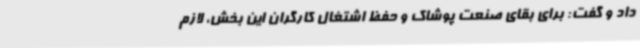
داد و گفت: برای بقای صنعت پوشاک و حفظ اشتغال کارگران این بخش، لازم